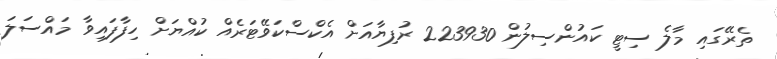
ތެރޭގައި މާލެ ސިޓީ ކައުންސިލުން 223930 ރުފިޔާއަށް އެކްސްކަވޭޓަރެއް ކުއްޔަށް ހިފާފައިވާ މައްސަލަ